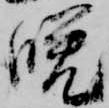
晩